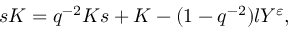
s K = q ^ { - 2 } K s + K - ( 1 - q ^ { - 2 } ) l Y ^ { \varepsilon } ,